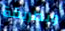
وبطريقة